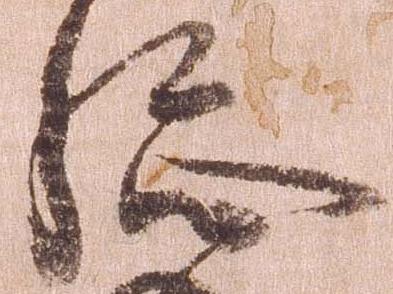
総